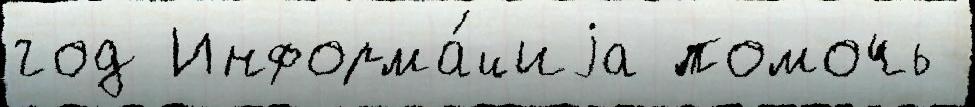
год Информа́циjа помочь